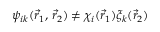
\psi _ { i k } ( { \vec { r } } _ { 1 } , \, { \vec { r } } _ { 2 } ) \neq \chi _ { i } ( { \vec { r } } _ { 1 } ) \xi _ { k } ( { \vec { r } } _ { 2 } )